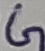
Text: G